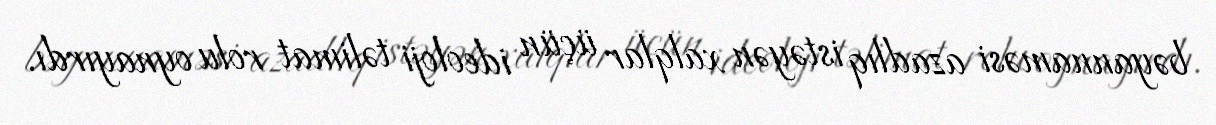
bəyannaməsi azadlıq istəyən xalqlar üçün ideoloji təlimat rolu oynayırdı.